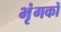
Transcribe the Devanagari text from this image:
भृंगकों